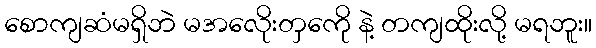
စောကျဆံမရှိဘဲ မအလေိုးတှကေို နဲ့ တကျထိုးလို့ မရဘူး။